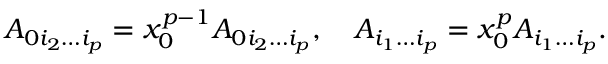
A _ { 0 i _ { 2 } \ldots i _ { p } } = x _ { 0 } ^ { p - 1 } { \cal A } _ { 0 i _ { 2 } \ldots i _ { p } } , \quad A _ { i _ { 1 } \ldots i _ { p } } = x _ { 0 } ^ { p } { \cal A } _ { i _ { 1 } \ldots i _ { p } } .